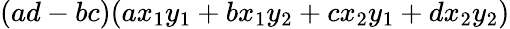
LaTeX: (ad-bc)(ax_{1}y_{1}+bx_{1}y_{2}+cx_{2}y_{1}+dx_{2}y_{2})